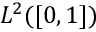
L ^ { 2 } ( [ 0 , 1 ] )